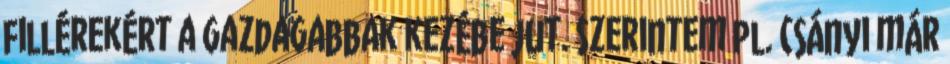
fillérekért a gazdagabbak kezébe jut. Szerintem pl. csányi már